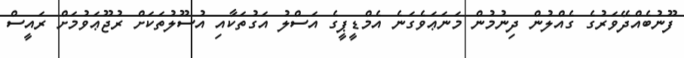
ފޫނުބެއްދޭވަރުގެ ގެއްލުން ދިނުމުން މަނަޢަވެގަނެ އެމްޑީޕީގެ އަސްލު އަގުތަކާއި އުސޫލުތަކަށް ރުޖޫޢަވުމަށް ރައީސް